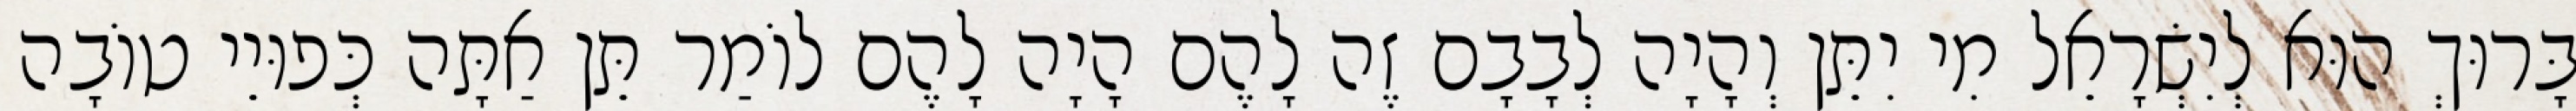
בָּרוּךְ הוּא לְיִשְׂרָאֵל מִי יִתֵּן וְהָיָה לְבָבָם זֶה לָהֶם הָיָה לָהֶם לוֹמַר תֵּן אַתָּה כְּפוּיֵי טוֹבָה